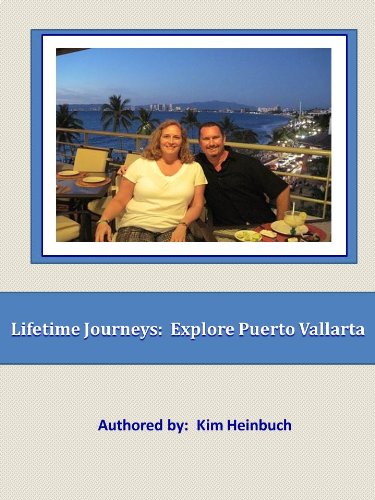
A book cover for Lifetime Journeys: Explore Puerto Vallarta; Kim Heinbuch; Travel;